Report of the Municipal Commissioner on the plague in Bombay for the year ending 31st May... - Volume 2
Disease focus: Plague
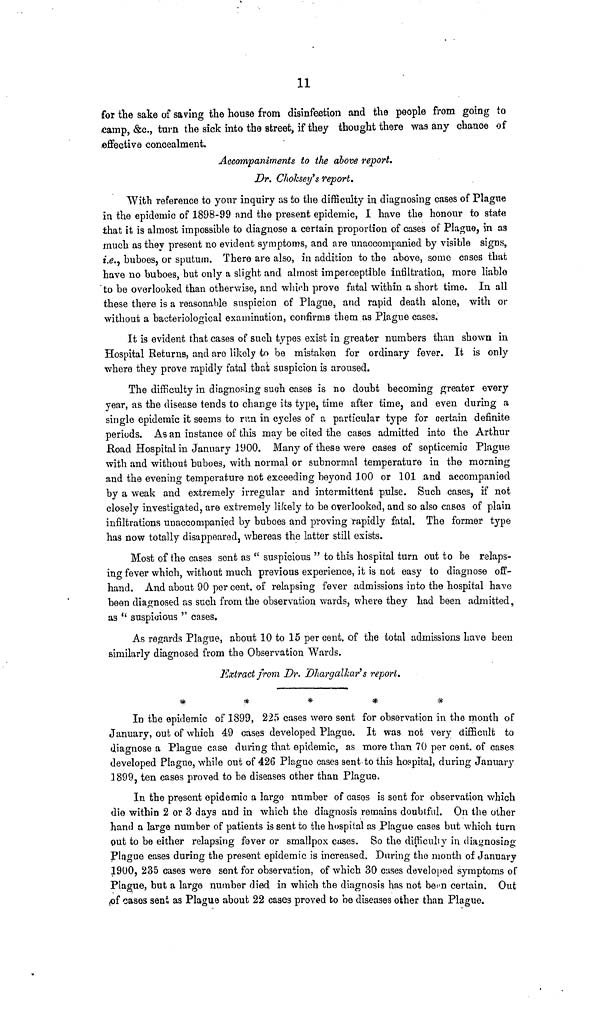
11
for the sake of saving the house from disinfection and the people from going to
camp, &c., turn the sick into the street, if they thought there was any chanoe of
effective concealment.
Accompaniments to the above report.
Dr. ChoJcsey's report.
With reference to your inquiry as to the difficulty in diagnosing cases of Plague
in the epidemic of 1898-99 and the present epidemic, I have the honour to state
that it is almost impossible to diagnose a certain proportion of cases of Plague, in as
much as they present no evident symptoms, and are unaccompanied by visible signs,
i.e., buboes, or sputum, There are also, in addition to the above, some cases that
have no buboes, but only a slight and almost imperceptible infiltration, more liable
to be overlooked than otherwise, and which prove fatal within a short time. In all
these there is a reasonable suspicion of Plague, and rapid death alone, with or
without a bacteriological examination, confirms them as Plague cases.
It is evident that cases of such types exist in greater numbers than shown in
Hospital Returns, and are likely to be mistaken for ordinary fever. It is only
where they prove rapidly fatal that suspicion is aroused.
The difficulty in diagnosing such cases is no doubt becoming greater every
year, as the disease tends to change its type, time after time, and even during a
single epidemic it seems to run in cycles of a particular type for certain definite
periods. As an instance of this may be cited the cases admitted into the Arthur
Road Hospital in January J 900. Many of these were cases of septicemic Plague
with and without buboes, with normal or subnormal temperature in the morning
and the evening temperature not exceeding beyond 100 or 101 .and accompanied
by a weak and extremely irregular and intermittent p.ulse. Such cases, if not
closely investigated, are extremely likely to be overlooked, and so also cases of plain
infiltrations unaccompanied by buboes and proving rapidly fatal. The former type
has now totally disappeared, whereas the latter still exists.
Most of the cases sent as " suspicious " to this hospital turn out to be relaps-
ing fever which, without much previous experience, it is not easy to diagnose off-
hand. And about 90 per cent, of relapsing fever admissions into the hospital have
been diagnosed as such from the observation wards, where they had been admitted,
as " suspicious " cases.
As regards Plague, about 10 to 15 per cent, of the total admissions have been
similarly diagnosed from the Observation Wards.
Extract from Dr. Dhargalkar's report.
*
*
*
*
*
In the epidemic of 1899, 225 cases wero sent for observation in the month of
January, out of which 49 cases developed Plague. It was not very difficult to
diagnose a Plague case during that epidemic, as more than 70 per cent, of cases
developed Plague, while out of 426 Plague cases sent to this hospital, during January
3899, ten cases proved to be diseases other than Plague.
In the present epidemic a largo number of cases is sent for observation which
die within 2 or 3 days and in which the diagnosis remains doubtful. On the other
hand a large number of patients is sent to the hospital as Plague cases but which turn
out to be either relapsing fever or smallpox cases. So the difficuliy in liajnosino-
Plngue cases during the present epidemic is increased. During the month of January
1900, 235 cases were sent for observation, of which 30 cases developed symptoms of
Plague, but a large number died in which the diagnosis has not been certain. Out
of cases sent as Plague about 22 cases proved to be diseases other than Plague.